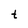
Character: t